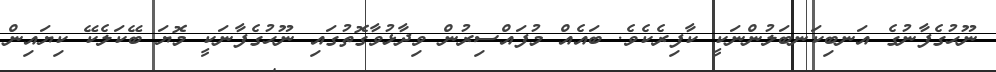
ނޫޙުގެފާނުގެ އަނބިކަނބަލުންނަކީ ކާފިރެކެވެ. ބައެއް މުފައްސިރުން ވިދާޅުވާގޮތުގައި ނޫޙުގެފާނަކީ މޮޔަ ބޭކަލެކޭ ކިޔައިން